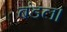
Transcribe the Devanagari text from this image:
बंडल।